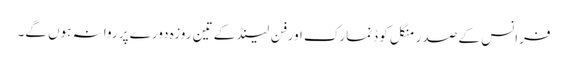
فرانس کے صدر منگل کو ڈنمارک اور فِن لینڈ کے تین روزہ دورے پر روانہ ہوں گے۔